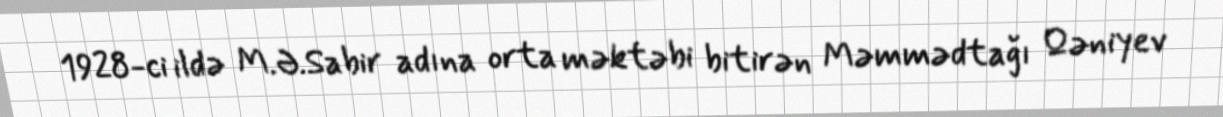
1928-ci ildə M.Ə.Sabir adına orta məktəbi bitirən Məmmədtağı Qəniyev